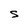
Character: S